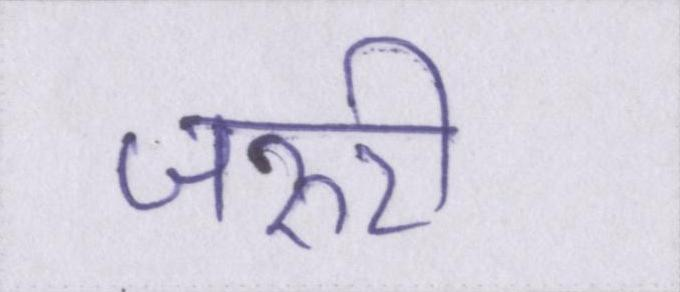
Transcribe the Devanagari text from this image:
जरुरी